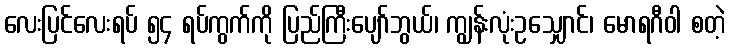
လေးပြင်လေးရပ် ၅၄ ရပ်ကွက်ကို ပြည်ကြီးပျော်ဘွယ်၊ ကျွန်းလုံးဥသျှောင်၊ မောရဂီဝါ စတဲ့